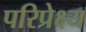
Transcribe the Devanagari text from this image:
परिप्रेक्ष्‍य